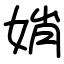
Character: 娋